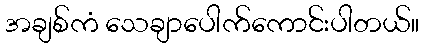
အချစ်ကံ သေချာပေါက်ကောင်းပါတယ်။